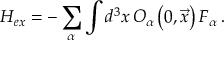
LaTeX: { \cal H } _ { e x } = - \sum _ { \alpha } \int d ^ { 3 } x \, { \cal O } _ { \alpha } \left( 0 , \overrightarrow { x } \right) { \cal F } _ { \alpha } \: .